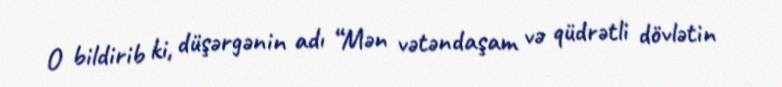
O bildirib ki, düşərgənin adı “Mən vətəndaşam və qüdrətli dövlətin